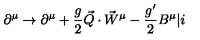
\partial ^ { \mu } \rightarrow \partial ^ { \mu } + \frac { g } { 2 } \vec { Q } \cdot { \vec { W } } ^ { \mu } - \frac { g ^ { \prime } } { 2 } B ^ { \mu } \vert i